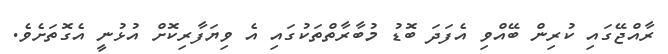
ރާއްޖޭގައި ކުރިން ބޭއްވި އެފަދަ ބޮޑު މުބާރާތްތަކުގައި އެ ވިޔަފާރިކޮށް އުޅުނީ އެގޮތަށެވެ.